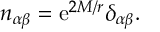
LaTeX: n _ { \alpha \beta } = \mathrm { e } ^ { 2 M / r } \delta _ { \alpha \beta } .